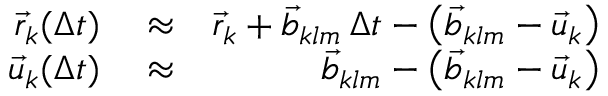
\begin{array} { r l r } { \vec { r } _ { k } ( \Delta t ) } & { { } \approx } & { \vec { r } _ { k } + \vec { b } _ { k l m } \, \Delta t - \left( \vec { b } _ { k l m } - \vec { u } _ { k } \right) } \\ { \vec { u } _ { k } ( \Delta t ) } & { { } \approx } & { \vec { b } _ { k l m } - \left( \vec { b } _ { k l m } - \vec { u } _ { k } \right) } \end{array}